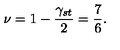
\nu = 1 - \frac { \gamma _ { s t } } { 2 } = \frac { 7 } { 6 } .